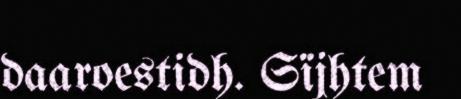
daaroestidh. Sïjhtem